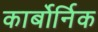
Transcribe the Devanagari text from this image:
कार्बोर्निक